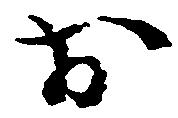
お